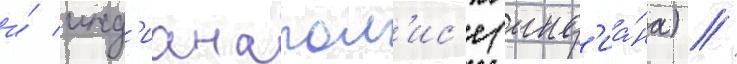
и́ инд'ианапол'ис'е (инд'иа́на) //